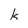
Character: k